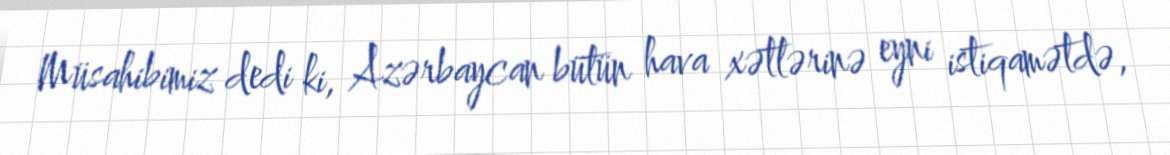
Müsahibimiz dedi ki, Azərbaycan bütün hava xətlərinə eyni istiqamətdə,